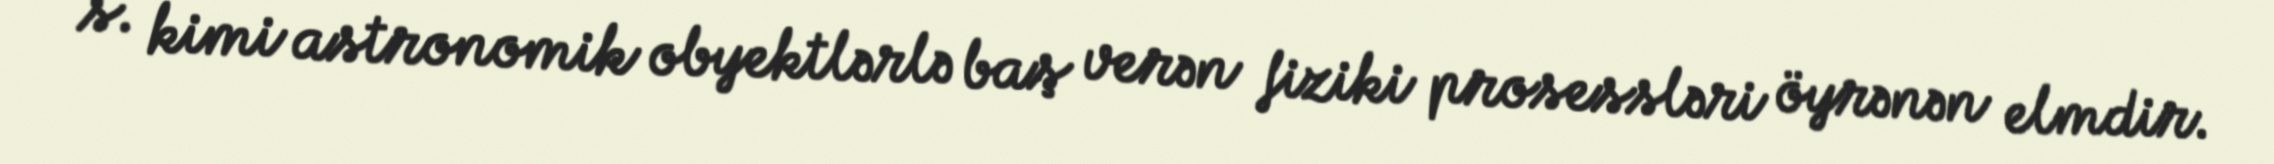
s. kimi astronomik obyektlərlə baş verən fiziki prosessləri öyrənən elmdir.